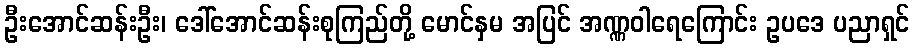
ဦးအောင်ဆန်းဦး၊ ဒေါ်အောင်ဆန်းစုကြည်တို့ မောင်နှမ အပြင် အဏ္ဏဝါရေကြောင်း ဥပဒေ ပညာရှင်